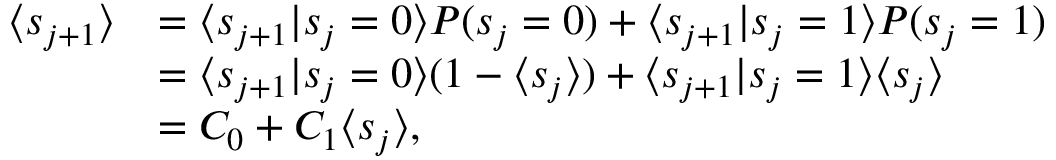
\begin{array} { r l } { \langle s _ { j + 1 } \rangle } & { = \langle s _ { j + 1 } | s _ { j } = 0 \rangle P ( s _ { j } = 0 ) + \langle s _ { j + 1 } | s _ { j } = 1 \rangle P ( s _ { j } = 1 ) } \\ & { = \langle s _ { j + 1 } | s _ { j } = 0 \rangle ( 1 - \langle s _ { j } \rangle ) + \langle s _ { j + 1 } | s _ { j } = 1 \rangle \langle s _ { j } \rangle } \\ & { = C _ { 0 } + C _ { 1 } \langle s _ { j } \rangle , } \end{array}